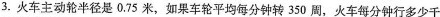
3. 火车主动轮半径是0.75米，如果车轮平均每分钟转350周，火车每分钟行多少千